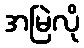
အမြဲလို